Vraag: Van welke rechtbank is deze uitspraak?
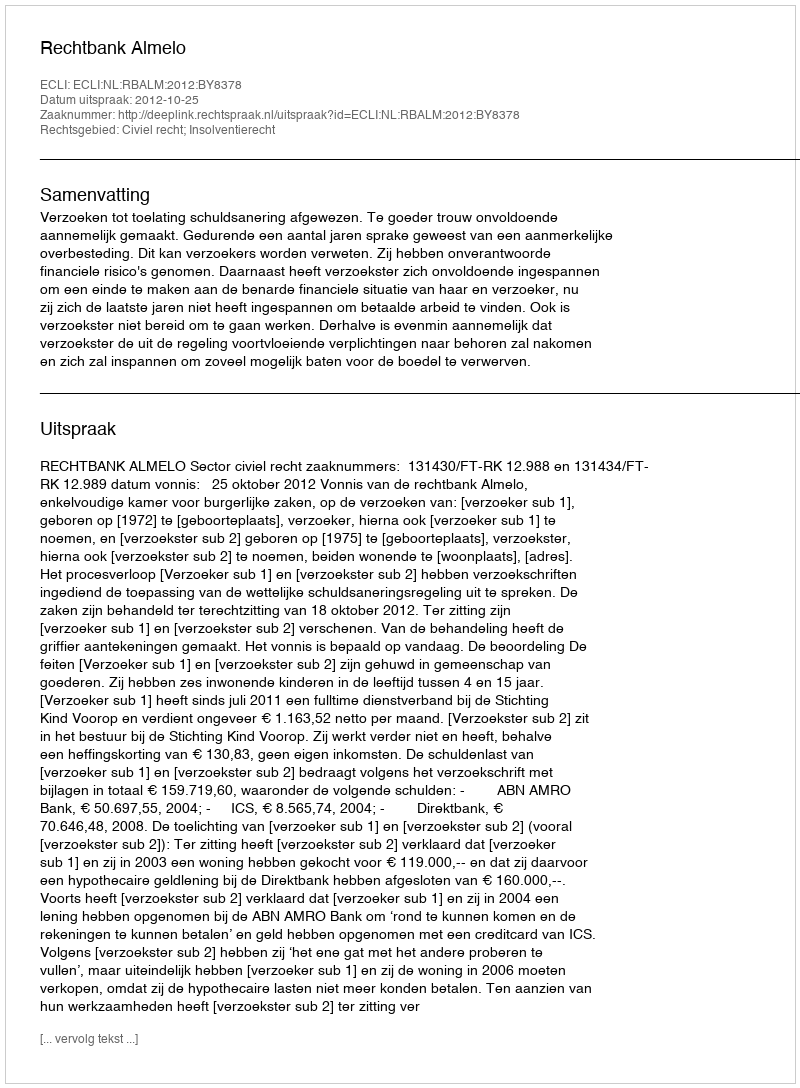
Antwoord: Rechtbank Almelo